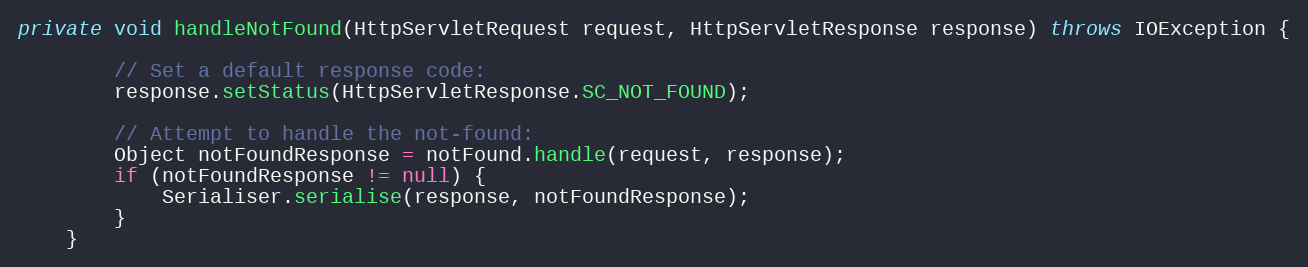
Language: Java
private void handleNotFound(HttpServletRequest request, HttpServletResponse response) throws IOException {

        // Set a default response code:
        response.setStatus(HttpServletResponse.SC_NOT_FOUND);

        // Attempt to handle the not-found:
        Object notFoundResponse = notFound.handle(request, response);
        if (notFoundResponse != null) {
            Serialiser.serialise(response, notFoundResponse);
        }
    }